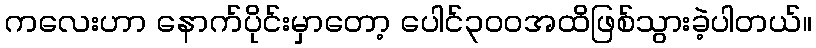
ကလေးဟာ နောက်ပိုင်းမှာတော့ ပေါင်၃၀၀အထိဖြစ်သွားခဲ့ပါတယ်။